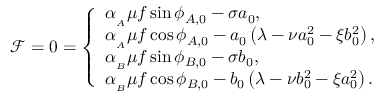
\mathcal { F } = 0 = \left\{ \begin{array} { l l } { \alpha _ { _ A } \mu f \sin { \phi _ { A , 0 } } - \sigma a _ { 0 } , } \\ { \alpha _ { _ A } \mu f \cos { \phi _ { A , 0 } } - a _ { 0 } \left( \lambda - \nu a _ { 0 } ^ { 2 } - \xi b _ { 0 } ^ { 2 } \right) , } \\ { \alpha _ { _ B } \mu f \sin { \phi _ { B , 0 } } - \sigma b _ { 0 } , } \\ { \alpha _ { _ B } \mu f \cos { \phi _ { B , 0 } } - b _ { 0 } \left( \lambda - \nu b _ { 0 } ^ { 2 } - \xi a _ { 0 } ^ { 2 } \right) . } \end{array} \right.